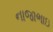
નાજાભાઇ